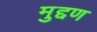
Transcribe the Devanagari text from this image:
मुद्दण